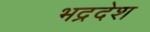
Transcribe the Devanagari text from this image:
भद्रदेश